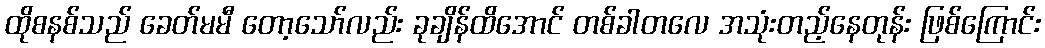
ထိုစနစ်သည် ခေတ်မမီ တော့သော်လည်း ခုချိန်ထိအောင် တစ်ခါတလေ အသုံးတည့်နေတုန်း ဖြစ်ကြောင်း